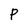
Character: P